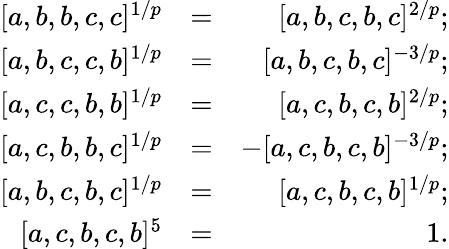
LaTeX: \begin{array}{rlr}{[a,b,b,c,c]^{1/p}}&{=}&{[a,b,c,b,c]^{2/p};}\\ {\mathrm[a,b,c,c,b]^{1/p}}&{=}&{[a,b,c,b,c]^{-3/p};}\\ {\mathrm[a,c,c,b,b]^{1/p}}&{=}&{[a,c,b,c,b]^{2/p};}\\ {\mathrm[a,c,b,b,c]^{1/p}}&{=}&{-[a,c,b,c,b]^{-3/p};}\\ {\mathrm[a,b,c,b,c]^{1/p}}&{=}&{[a,c,b,c,b]^{1/p};}\\ {\mathrm[a,c,b,c,b]^{5}}&{=}&{1.}\end{array}